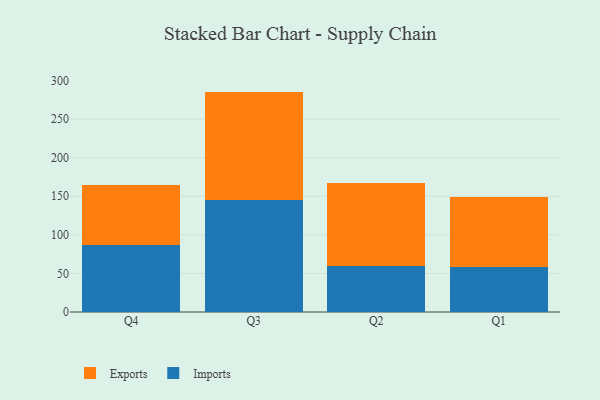
{"axis": {"x": "Quarter", "y": "Website Visitors"}, "legend": ["Exports", "Imports"], "data": [{"x": "Q4", "y": 87.0, "type": "Imports"}, {"x": "Q4", "y": 77.8, "type": "Exports"}, {"x": "Q3", "y": 145.7, "type": "Imports"}, {"x": "Q3", "y": 140.0, "type": "Exports"}, {"x": "Q2", "y": 60.0, "type": "Imports"}, {"x": "Q2", "y": 106.9, "type": "Exports"}, {"x": "Q1", "y": 58.7, "type": "Imports"}, {"x": "Q1", "y": 90.2, "type": "Exports"}]}